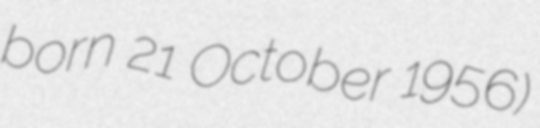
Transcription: born 21 October 1956)